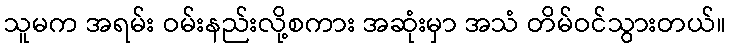
သူမက အရမ်း ဝမ်းနည်းလို့စကား အဆုံးမှာ အသံ တိမ်ဝင်သွားတယ်။